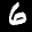
Label: 6